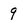
Character: 9